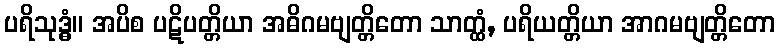
ပရိသုဒ္ဓံ။ အပိစ ပဋိပတ္တိယာ အဓိဂမဗျတ္တိတော သာတ္ထံ, ပရိယတ္တိယာ အာဂမဗျတ္တိတော